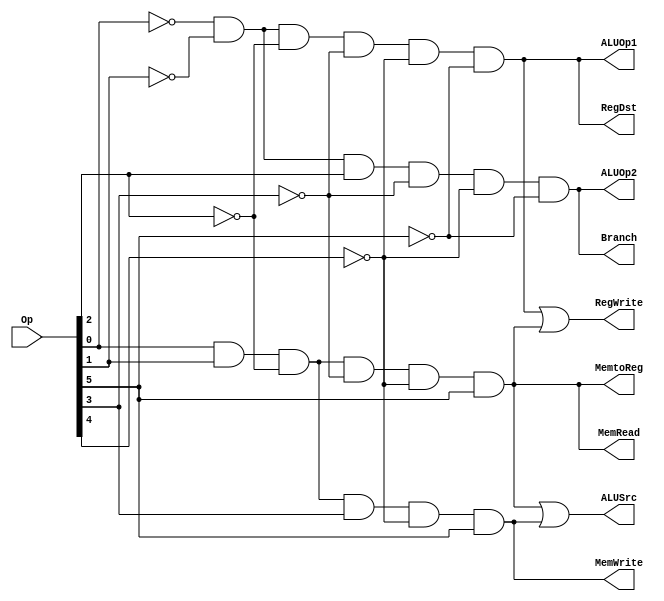
module MainControlUnit (RegDst, ALUSrc, MemtoReg, RegWrite, MemRead, MemWrite, Branch, ALUOp1, ALUOp2, Op);
	input [5:0] Op;
	output RegDst, ALUSrc, MemtoReg, RegWrite, MemRead, MemWrite, Branch, ALUOp1, ALUOp2;
	
	wire Rformat, lw, sw, beq;
	
	assign Rformat = (~Op[0])& (~Op[1])& (~Op[2])& (~Op[3])& (~Op[4])& (~Op[5]);
	assign lw = (Op[0])& (Op[1])& (~Op[2])& (~Op[3])& (~Op[4])& (Op[5]);
	assign sw = (Op[0])& (Op[1])& (~Op[2])& (Op[3])& (~Op[4])& (Op[5]);
	assign beq = (~Op[0])& (~Op[1])& (Op[2])& (~Op[3])& (~Op[4])& (~Op[5]);
	
	assign RegDst = Rformat;
	assign ALUSrc = lw | sw;
	assign MemtoReg = lw;
	assign RegWrite = Rformat | lw;
	assign MemRead = lw;
	assign MemWrite = sw;
	assign Branch = beq;
	assign ALUOp1 = Rformat;
	assign ALUOp2 = beq;
endmodule

module MainControlTB;
  reg [5:0] Op;
  wire  RegDst, ALUSrc, MemToReg, RegWrite, MemRead, MemWrite, Branch, ALUOp0, ALUOp1;
  MainControlUnit MCU(RegDst, ALUSrc, MemToReg, RegWrite, MemRead, MemWrite, Branch, ALUOp0, ALUOp1, Op);
  initial begin
    $monitor($time, " Op[5] = %b, Op[4] = %b, Op[3] = %b, Op[2] = %b, Op[1] = %b, Op[0] = %b, RegDst = %b, ALUSrc = %b, MemToReg = %b, RegWrite = %b, MemRead = %b, MemWrite = %b, Branch = %b, ALUOp0 = %b, ALUOp1 = %b.", Op[5], Op[4], Op[3], Op[2], Op[1], Op[0], RegDst, ALUSrc, MemToReg, RegWrite, MemRead, MemWrite, Branch, ALUOp0, ALUOp1);
    #5  Op[5] = 1'b0; Op[4] = 1'b0; Op[3] = 1'b0; Op[2] = 1'b0; Op[1] = 1'b0; Op[0] = 1'b0;
    #100  Op[5] = 1'b1; Op[4] = 1'b0; Op[3] = 1'b0; Op[2] = 1'b0; Op[1] = 1'b1; Op[0] = 1'b1;
    #100  Op[5] = 1'b1; Op[4] = 1'b0; Op[3] = 1'b1; Op[2] = 1'b0; Op[1] = 1'b1; Op[0] = 1'b1;
    #100  Op[5] = 1'b0; Op[4] = 1'b0; Op[3] = 1'b0; Op[2] = 1'b1; Op[1] = 1'b0; Op[0] = 1'b0;
    #100  $finish;
  end
endmodule